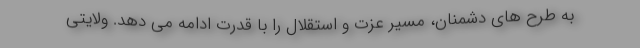
به طرح های دشمنان، مسیر عزت و استقلال را با قدرت ادامه می دهد. ولایتی